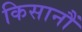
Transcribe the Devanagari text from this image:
किसानौं